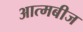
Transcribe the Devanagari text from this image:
आत्मबीज